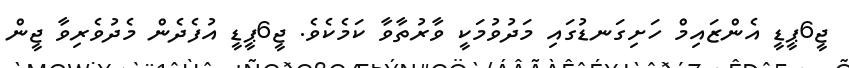
ޖީ6ޕީޑީ އެންޒައިމް ހަށިގަނޑުގައި މަދުވުމަކީ ވާރުތާވާ ކަމެކެވެ. ޖީ6ޕީޑީ އުފެދެން މެދުވެރިވާ ޖީން